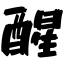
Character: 醒